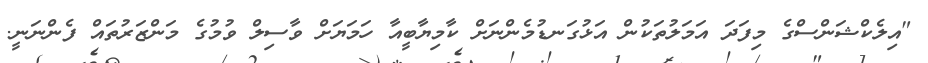
"އިލެކްޝަންސްގެ މިފަދަ އަމަލުތަކުން އަޅުގަނޑުމެންނަށް ކާމިޔާބީއާ ހަމަޔަށް ވާސިލް ވުމުގެ މަންޒަރުތައް ފެންނަނީ.